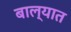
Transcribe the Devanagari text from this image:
बाल्यात